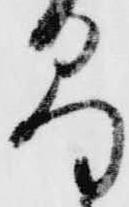
易